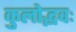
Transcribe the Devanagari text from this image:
कुलोद्भवः